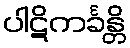
ပါဋိကင်္ခန္တိ